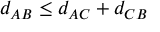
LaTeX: d _ { A B } \leq d _ { A C } + d _ { C B }